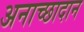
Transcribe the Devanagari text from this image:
अनाच्छादान